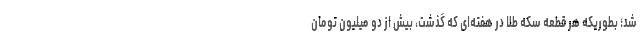
شد؛ بطوریکه هر قطعه سکه طلا در هفته‌ای که گذشت، بیش از دو میلیون تومان